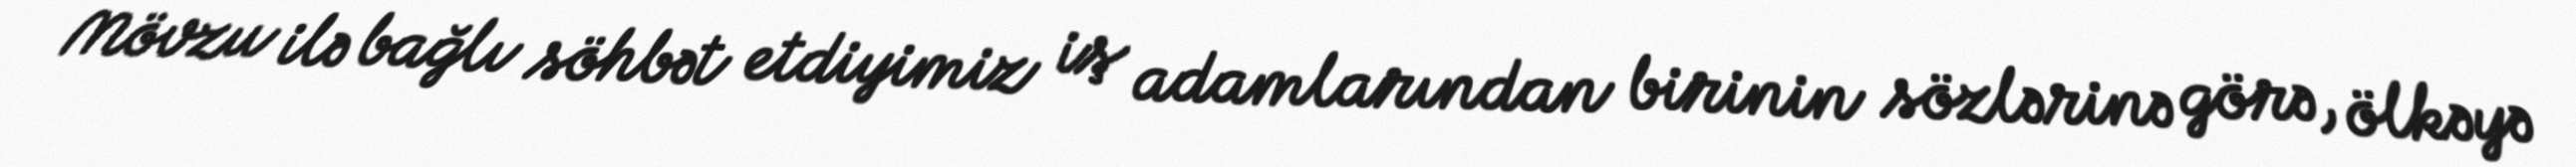
Mövzu ilə bağlı söhbət etdiyimiz iş adamlarından birinin sözlərinə görə, ölkəyə